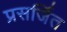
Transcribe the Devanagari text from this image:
प्रसर्जित